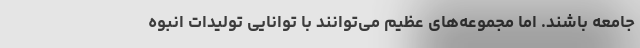
جامعه باشند. اما مجموعه‌های عظیم می‌توانند با توانایی تولیدات انبوه